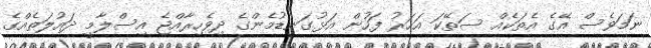
ނަމަވެސް އޭގެ އެތަކެއް ސަތޭކަ އަހަރު ފަހުން އަޅުގަނޑުމެންގެ ދިވެހިރާއްޖެ އިސްލާމީ ދައުލަތެއްގެ